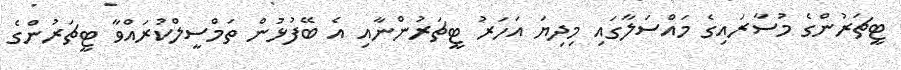
ޓީޗަރުންގެ މުސާރައިގެ މައްސަލާގައި މިދިޔަ އަހަރު ޓީޗަރުންނާއި އެ ބޭފުޅުން ތަމްސީލްކުރައްވާ ޓީޗަރުންގެ